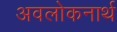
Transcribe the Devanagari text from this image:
अवलोकनार्थ